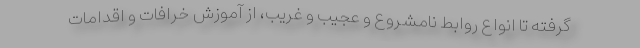
گرفته تا انواع روابط نامشروع و عجیب و غریب، از آموزش خرافات و اقدامات